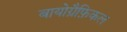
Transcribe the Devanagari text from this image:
बायोग्रैफ़िकल